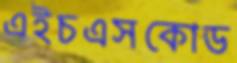
এইচএসকোড